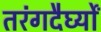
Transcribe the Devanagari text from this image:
तरंगदैर्घ्यों